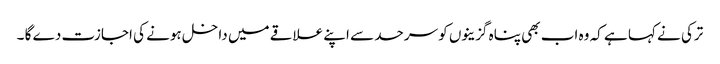
ترکی نے کہا ہے کہ وہ اب بھی پناہ گزینوں کو سرحد سے اپنے علاقے میں داخل ہونے کی اجازت دے گا ۔